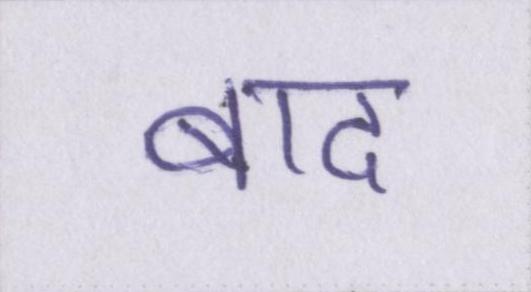
बाद